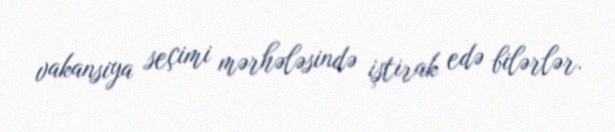
vakansiya seçimi mərhələsində iştirak edə bilərlər.